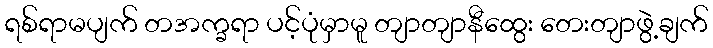
ရစ်ရာမပျက် တအက္ခရာ ပင့်ပုံမှာမူ တျာတျာနီထွေး တေးတျာဖွဲ့ချက်